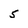
Character: 5